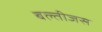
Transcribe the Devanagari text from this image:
बल्तीजस